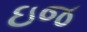
ઇજ